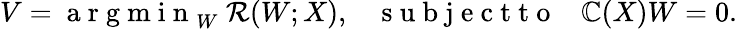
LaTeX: V={\mathrm{~a~r~g~m~i~n~}}_{W}~\mathcal{R}(W;X),\; \; \; \mathrm{~s~u~b~j~e~c~t~t~o~}\; \; \; \mathbb{C}(X)W=0.